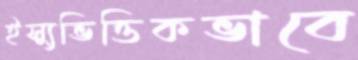
ইস্যুভিত্তিকভাবে